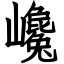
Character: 巉